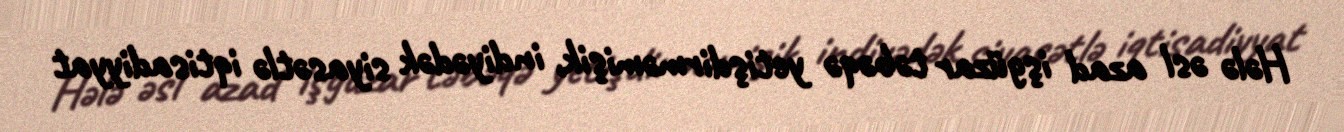
Hələ əsl azad işgüzar təbəqə yetişdirməmişik, indiyədək siyasətlə iqtisadiyyat